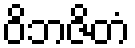
ဝိဘဇိတံ